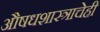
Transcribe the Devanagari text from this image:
औषधशास्त्राचेही